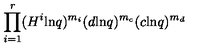
\prod _ { i = 1 } ^ { r } ( H ^ { i } \mathrm { l n } q ) ^ { m _ { i } } ( d \mathrm { l n } q ) ^ { m _ { c } } ( c \mathrm { l n } q ) ^ { m _ { d } }